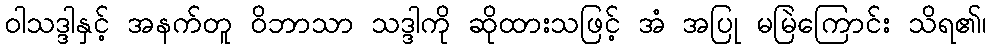
ဝါသဒ္ဒါနှင့် အနက်တူ ဝိဘာသာ သဒ္ဒါကို ဆိုထားသဖြင့် အံ အပြု မမြဲကြောင်း သိရ၏၊